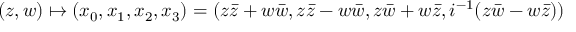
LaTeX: ( z , w ) \mapsto ( x _ { 0 } , x _ { 1 } , x _ { 2 } , x _ { 3 } ) = ( z { \bar { z } } + w { \bar { w } } , z { \bar { z } } - w { \bar { w } } , z { \bar { w } } + w { \bar { z } } , i ^ { - 1 } ( z { \bar { w } } - w { \bar { z } } ) )